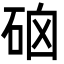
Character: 硇